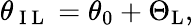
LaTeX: \theta_{\mathrm{~I~L~}}=\theta_{0}+\Theta_{\mathrm{{L}}},